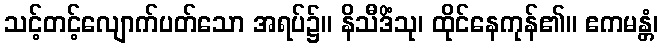
သင့်တင့်လျောက်ပတ်သော အရပ်၌။ နိသီဒိံသု၊ ထိုင်နေကုန်၏။ ဧကမန္တံ၊